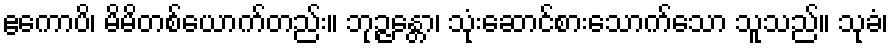
ဧကောပိ၊ မိမိတစ်ယောက်တည်း။ ဘုဉ္ဇန္တော၊ သုံးဆောင်စားသောက်သော သူသည်။ သုခံ၊